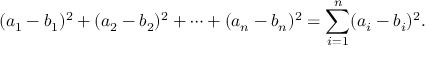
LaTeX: ( a _ { 1 } - b _ { 1 } ) ^ { 2 } + ( a _ { 2 } - b _ { 2 } ) ^ { 2 } + \cdots + ( a _ { n } - b _ { n } ) ^ { 2 } = \sum _ { i = 1 } ^ { n } ( a _ { i } - b _ { i } ) ^ { 2 } .